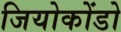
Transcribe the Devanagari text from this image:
जियोकोंडो